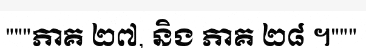
"""ភាគ ២៧, និង ភាគ ២៨ ។"""